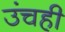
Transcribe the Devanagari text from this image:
उंचही